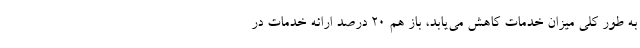
به طور کلی میزان خدمات کاهش می‌یابد، باز هم ۲۰ درصد ارائه خدمات در